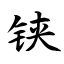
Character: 铗